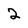
Character: 2